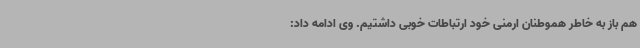
هم باز به خاطر هموطنان ارمنی خود ارتباطات خوبی داشتیم. وی ادامه داد: